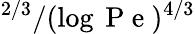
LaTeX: ^{2/3}/(\log{\mathrm{~P~e~}})^{4/3}